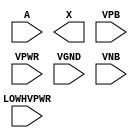
/**
 * Copyright 2020 The SkyWater PDK Authors
 *
 * Licensed under the Apache License, Version 2.0 (the "License");
 * you may not use this file except in compliance with the License.
 * You may obtain a copy of the License at
 *
 *     https://www.apache.org/licenses/LICENSE-2.0
 *
 * Unless required by applicable law or agreed to in writing, software
 * distributed under the License is distributed on an "AS IS" BASIS,
 * WITHOUT WARRANTIES OR CONDITIONS OF ANY KIND, either express or implied.
 * See the License for the specific language governing permissions and
 * limitations under the License.
 *
 * SPDX-License-Identifier: Apache-2.0
 */

`ifndef SKY130_FD_SC_HVL__LSBUFHV2HV_HL_PP_SYMBOL_V
`define SKY130_FD_SC_HVL__LSBUFHV2HV_HL_PP_SYMBOL_V

/**
 * lsbufhv2hv_hl: Level shifting buffer, High Voltage to High Voltage,
 *                Higher Voltage to Lower Voltage.
 *
 * Verilog stub (with power pins) for graphical symbol definition
 * generation.
 *
 * WARNING: This file is autogenerated, do not modify directly!
 */

`timescale 1ns / 1ps
`default_nettype none

(* blackbox *)
module sky130_fd_sc_hvl__lsbufhv2hv_hl (
    //# {{data|Data Signals}}
    input  A       ,
    output X       ,

    //# {{power|Power}}
    input  LOWHVPWR,
    input  VPB     ,
    input  VPWR    ,
    input  VGND    ,
    input  VNB
);
endmodule

`default_nettype wire
`endif  // SKY130_FD_SC_HVL__LSBUFHV2HV_HL_PP_SYMBOL_V